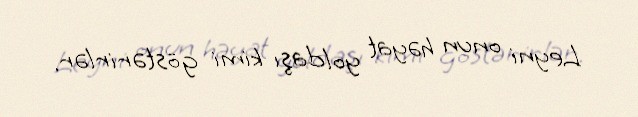
Leyni onun həyat yoldaşı kimi göstərirlər.